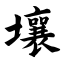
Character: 壤